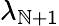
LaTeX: \lambda_{\mathbb{N}+1}